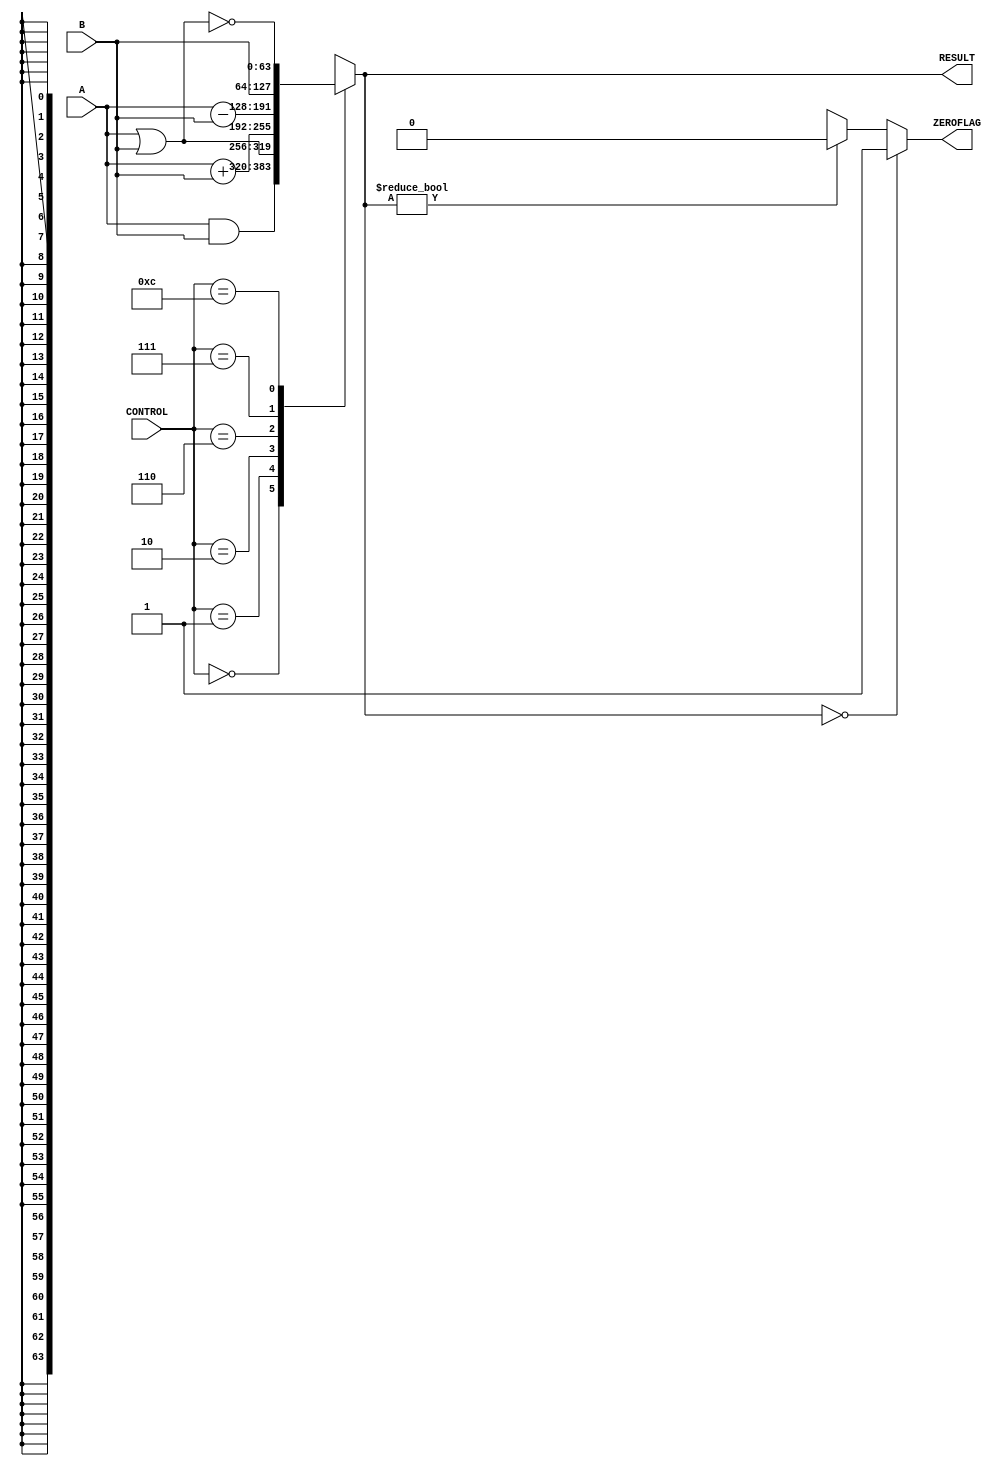
module ALU
(
  input [63:0] A,
  input [63:0] B,
  input [3:0] CONTROL,
  output reg [63:0] RESULT,
  output reg ZEROFLAG
);

  always @(*) begin
    case (CONTROL)
      4'b0000 : RESULT = A & B;
      4'b0001 : RESULT = A | B;
      4'b0010 : RESULT = A + B;
      4'b0110 : RESULT = A - B;
      4'b0111 : RESULT = B;
      4'b1100 : RESULT = ~(A | B);
      default : RESULT = 64'hxxxxxxxx;
    endcase

    if (RESULT == 0) begin
      ZEROFLAG = 1'b1;
    end else if (RESULT != 0) begin
      ZEROFLAG = 1'b0;
    end else begin
      ZEROFLAG = 1'bx;
    end
  end
endmodule